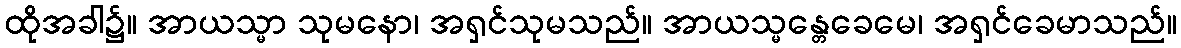
ထိုအခါ၌။ အာယသ္မာ သုမနော၊ အရှင်သုမသည်။ အာယသ္မန္တေခေမေ၊ အရှင်ခေမာသည်။